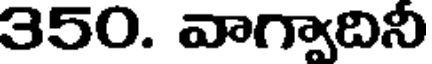
350. వాగ్వాదినీ